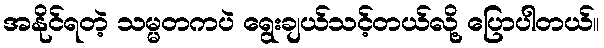
အနိုင်ရတဲ့ သမ္မတကပဲ ရွေးချယ်သင့်တယ်လို့ ပြောပါတယ်။